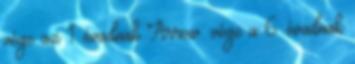
vége az 1. évadnak Arrow: vége a 6. évadnak